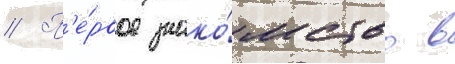
// П'е́рвое знако́мство в